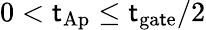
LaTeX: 0<\mathsf{t}_{\mathrm{{Ap}}}\leq\mathsf{t}_{\mathrm{{ga\mathsf{t}e}}}/{2}